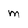
Character: m